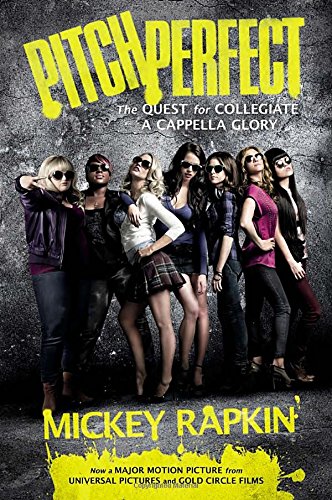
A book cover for Pitch Perfect: The Quest for Collegiate A Cappella Glory; Mickey Rapkin; Christian Books & Bibles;